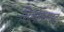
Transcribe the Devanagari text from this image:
सिलोमनाइट